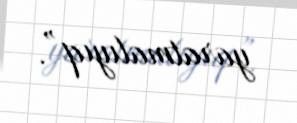
yaratmalıyıq”.